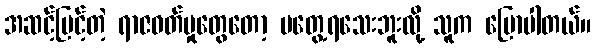
အဆင့်မြင့်တဲ့ ရာဇဝတ်မှုတွေတော့ မတွေ့ရသေးဘူးလို့ သူက ပြောပါတယ်။